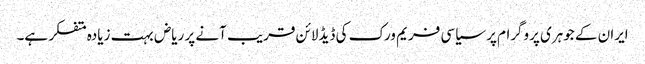
ایران کے جوہری پروگرام پر سیاسی فریم ورک کی ڈیڈلائن قریب آنے پر ریاض بہت زیادہ متفکر ہے۔